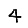
Digit: 4